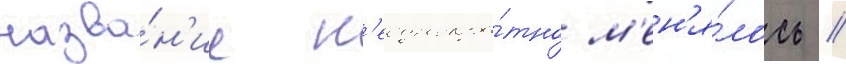
назва́н'ие н'еоднокра́тно м'ен'я́лось //